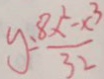
y = \frac { 8 x ^ { 2 } - x ^ { 3 } } { 3 2 }